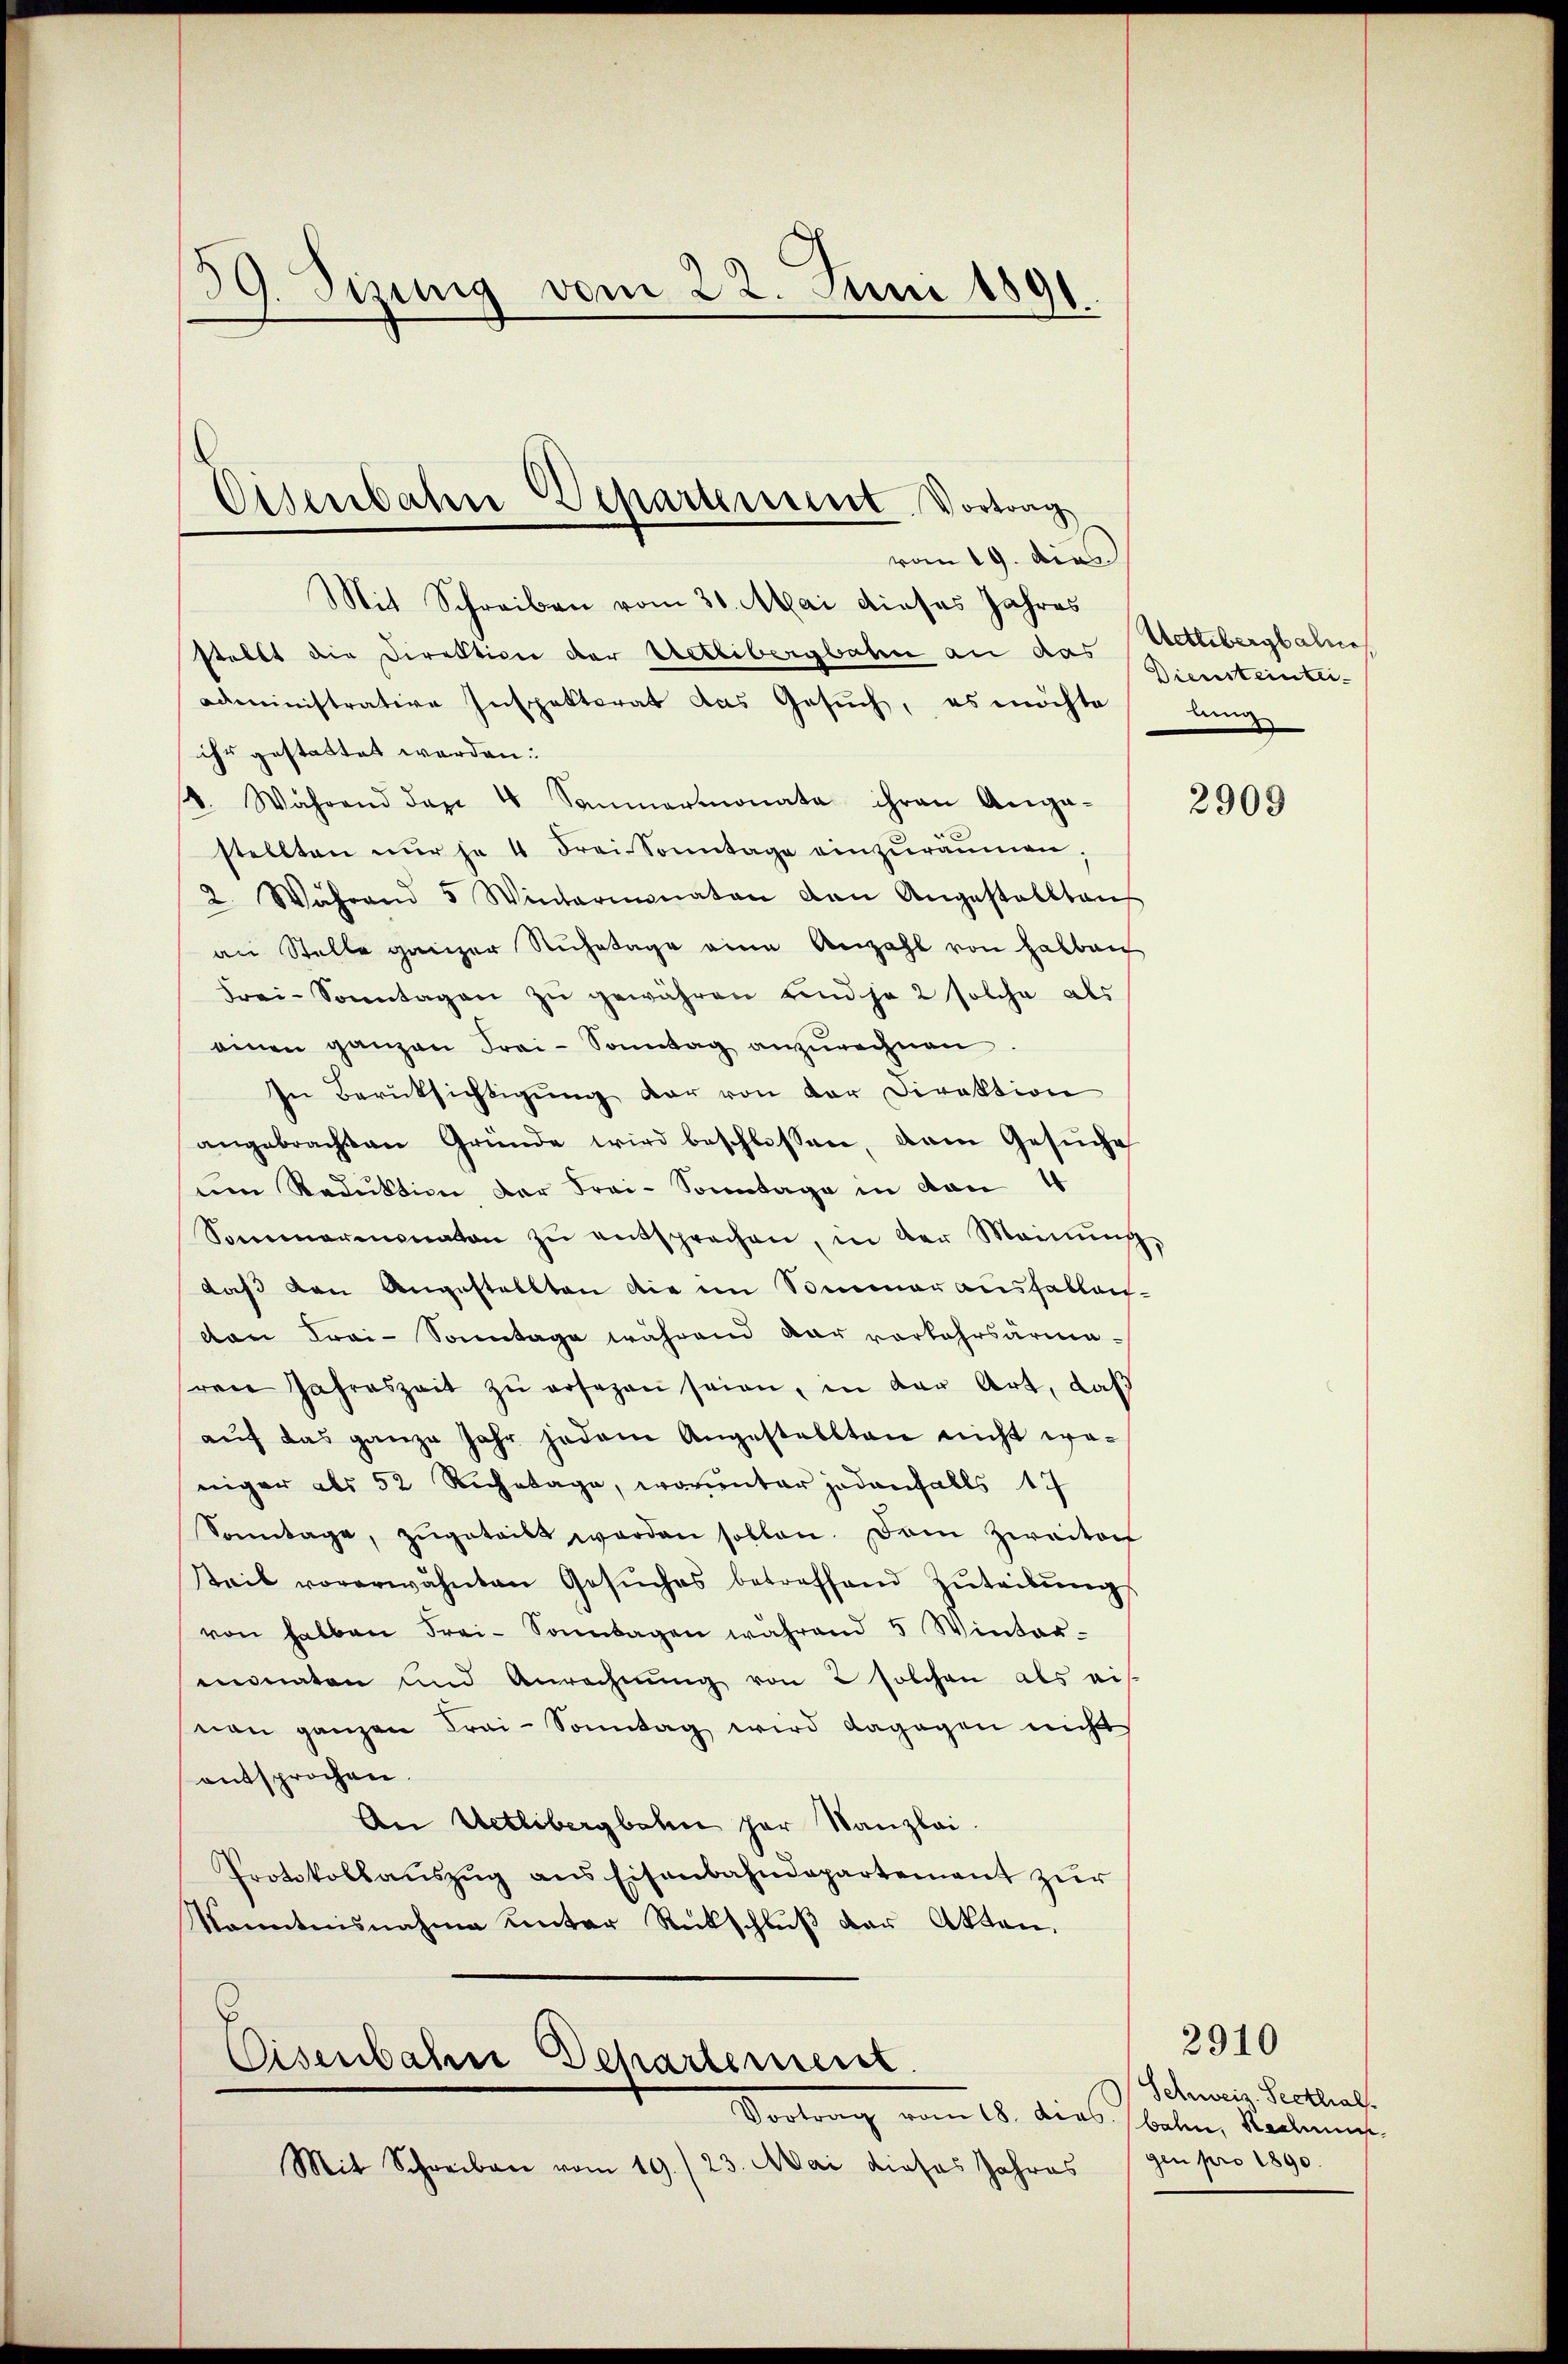
39. Sizung vom 22. Juni 1891.

stellt die Direktion der Uetlibergbahn an das
administrative Inspektorat das Gesuch, es möchte
ihr gestattet werden.
. Während den 4 Soṁermonata ihren Anga-
stellten nur je 4 Frei Sonntage einzuräumen,
2. Während 5 Wintermonaten den Angestallten
an Stelle ganzer Ruhetage eine Anzahl von Halben
Frei-Sonntagen zŭ gewähren und je 2 solche als
einen ganzen Frai-Sonntag anzurechnen
In Berüksichtigung der von der Direktion
angebrachten Gründe wird beschlossen, dem Gesuche
um Reduktion der Frai-Sonntage in von 4
Sommermonaten zŭ entsprechen, in der Meinŭng,
daß den Angestellten die im Sommer ausfallen-
von Frai-Sonntage während dar vorkehrsärme.
sren Jahreszeit zŭ ersezen seien, in der Art, daß
aŭf das ganze Jahr jedem Angestellten nicht we-
niger als 52 Ruhetage, worunter jedenfalls 17
Sonntage, zŭgeteilt werden sollen. Dem Zweiter
steil vorerwähnten Gesŭches betreffend Zŭteilŭng
von halben Frei-Sonntagen während 5 Winter-
monaten und Anrechnŭng von 2 solchen als eis
nen ganzen Frai-Sonntag wird dagegen nicht
entsprochen.
An Uetlibergbahn her Kanzlei.
Protokollaŭszŭg ans Eisenbahndepartement zŭr
Konntnisnahme unter Rückschlŭβ der Akten.

Eisenbahn Departement. Vortrag
vom 19. dies
Mit Schreiben vom 30. Mai dieses Jahres

Eisenbahn Departement

Vortrag vom 15. dies Platen, Rentmeist
Mit Schreiben vom 19./23. Mai dieses Jahres

Uetlibergbahne
Diensteintei
ling

2909

Schweiz. Sectlial
gen pro 1890.

2910